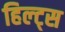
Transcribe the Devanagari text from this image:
हिल्ट्स